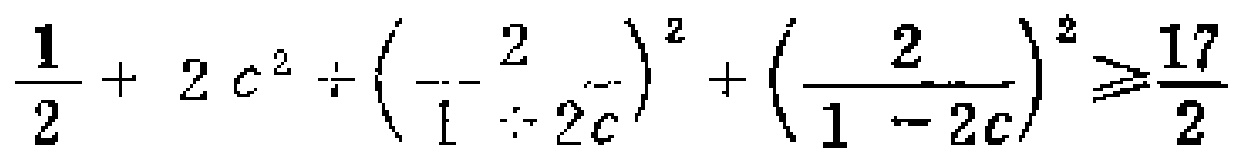
$\frac{1}{2}+2c^{2}\div\left(\frac{2}{1 + 2c}\right)^{2}+\left(\frac{2}{1 - 2c}\right)^{2}\geqslant\frac{17}{2}$